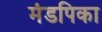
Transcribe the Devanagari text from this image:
मंडपिका